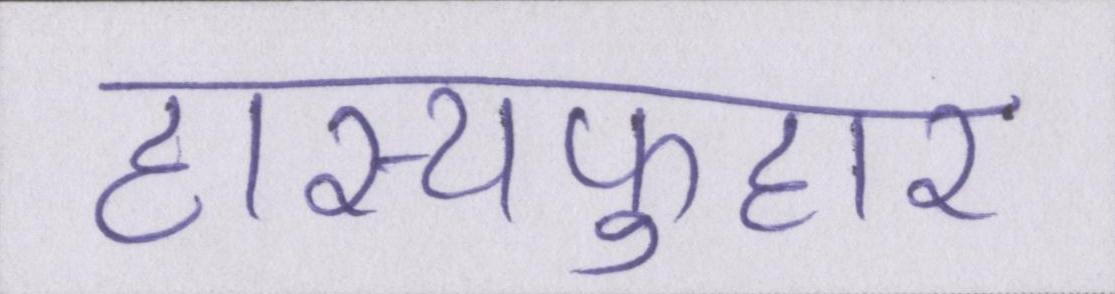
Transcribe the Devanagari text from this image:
हास्यफुहार